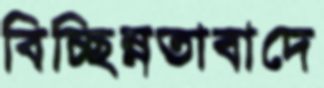
বিচ্ছিন্নতাবাদে